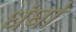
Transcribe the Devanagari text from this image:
धंघों